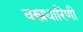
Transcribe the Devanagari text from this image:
वस्त्रधारिणी